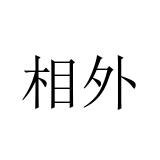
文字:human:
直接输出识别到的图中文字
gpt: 相外